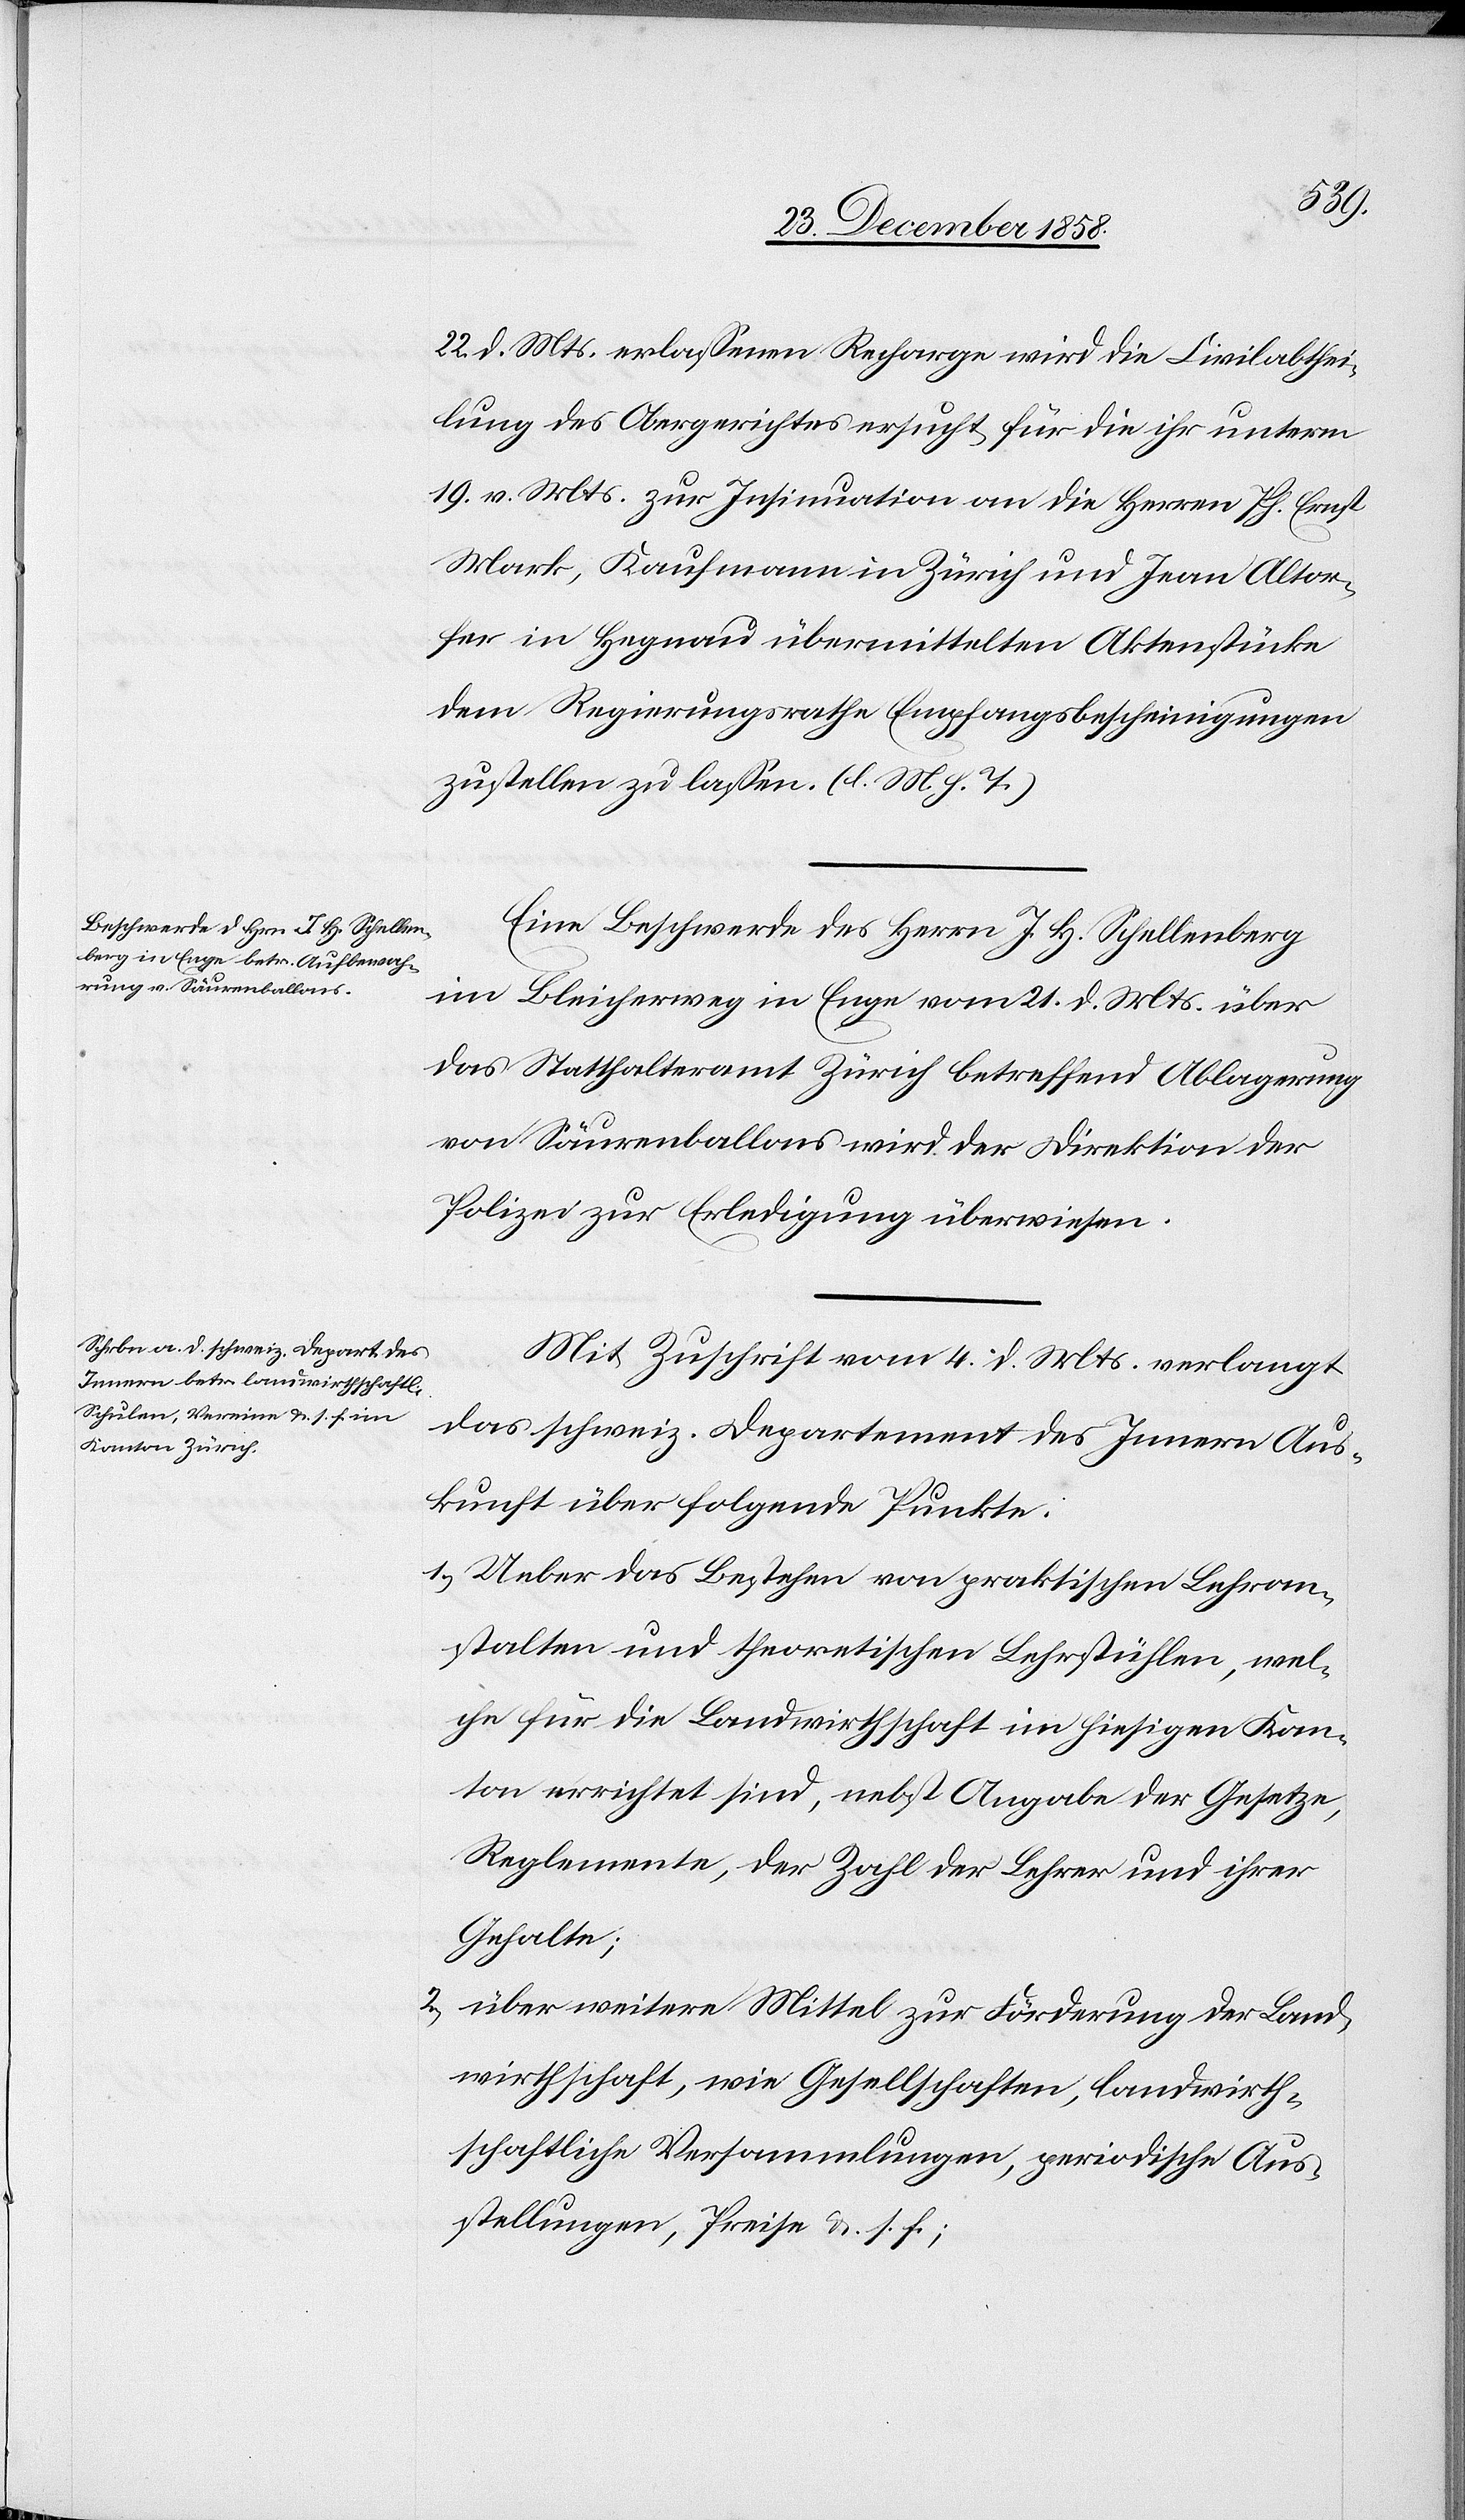
26.
erhalten